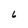
Character: 6